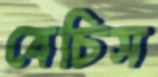
বেচিস